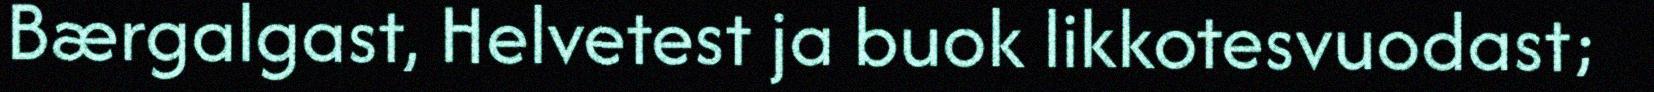
Bærgalgast, Helvetest ja buok likkotesvuodast;